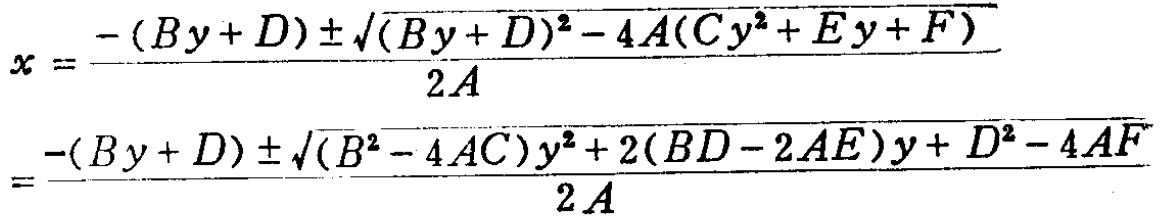
\[
\begin{align*}
x&=\frac{-(By + D)\pm\sqrt{(By + D)^2-4A(Cy^{2}+Ey + F)}}{2A}\\
&=\frac{-(By + D)\pm\sqrt{(B^{2}-4AC)y^{2}+2(BD - 2AE)y+D^{2}-4AF}}{2A}
\end{align*}
\]